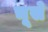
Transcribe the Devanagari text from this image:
चूसे